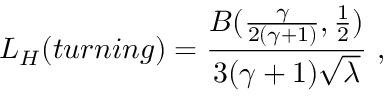
L _ { H } ( t u r n i n g ) = \frac { B ( \frac { \gamma } { 2 ( \gamma + 1 ) } , \frac 1 2 ) } { 3 ( \gamma + 1 ) \sqrt { \lambda } } \ ,